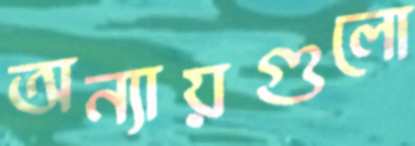
অন্যায়গুলো